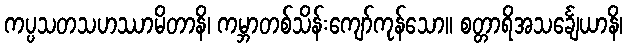
ကပ္ပသတသဟဿာမိတာနိ၊ ကမ္ဘာတစ်သိန်းကျော်ကုန်သော။ စတ္တာရိအသင်္ချေယာနိ၊